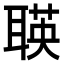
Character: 𬚡